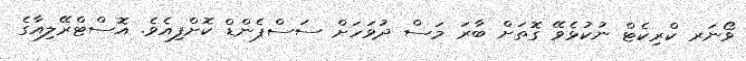
ވޯނަރ ކްރިކެޓް ނުކުޅެވޭ ގޮތަށް ބާރަ މަސް ދުވަހަށް ސަސްޕެންޑް ކޮށްފިއެވެ. އޮސްޓްރޭލިއާގެ